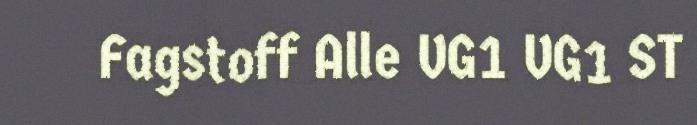
Fagstoff Alle VG1 VG1 ST